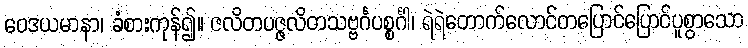
ဝေဒယမာနာ၊ ခံစားကုန်၍။ ဇလိတပဇ္ဇလိတသဗ္ဗင်္ဂပစ္စင်္ဂါ၊ ရဲရဲတောက်လောင်တပြောင်ပြောင်ပူစွာသော